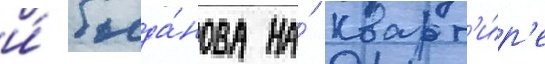
и́ богда́нова на́ кварт'и́р'е